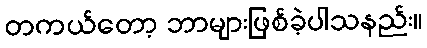
တကယ်တော့ ဘာများဖြစ်ခဲ့ပါသနည်း။